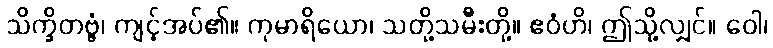
သိက္ခိတဗ္ဗံ၊ ကျင့်အပ်၏။ ကုမာရိယော၊ သတို့သမီးတို့။ ဧဝံဟိ၊ ဤသို့လျှင်။ ဝေါ၊